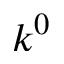
k ^ { 0 }